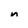
Character: n